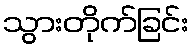
သွားတိုက်ခြင်း